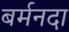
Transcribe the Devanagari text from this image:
बर्मनदा